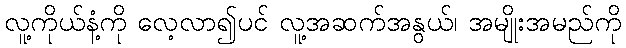
လူ့ကိုယ်နံ့ကို လေ့လာ၍ပင် လူ့အဆက်အနွယ်၊ အမျိုးအမည်ကို